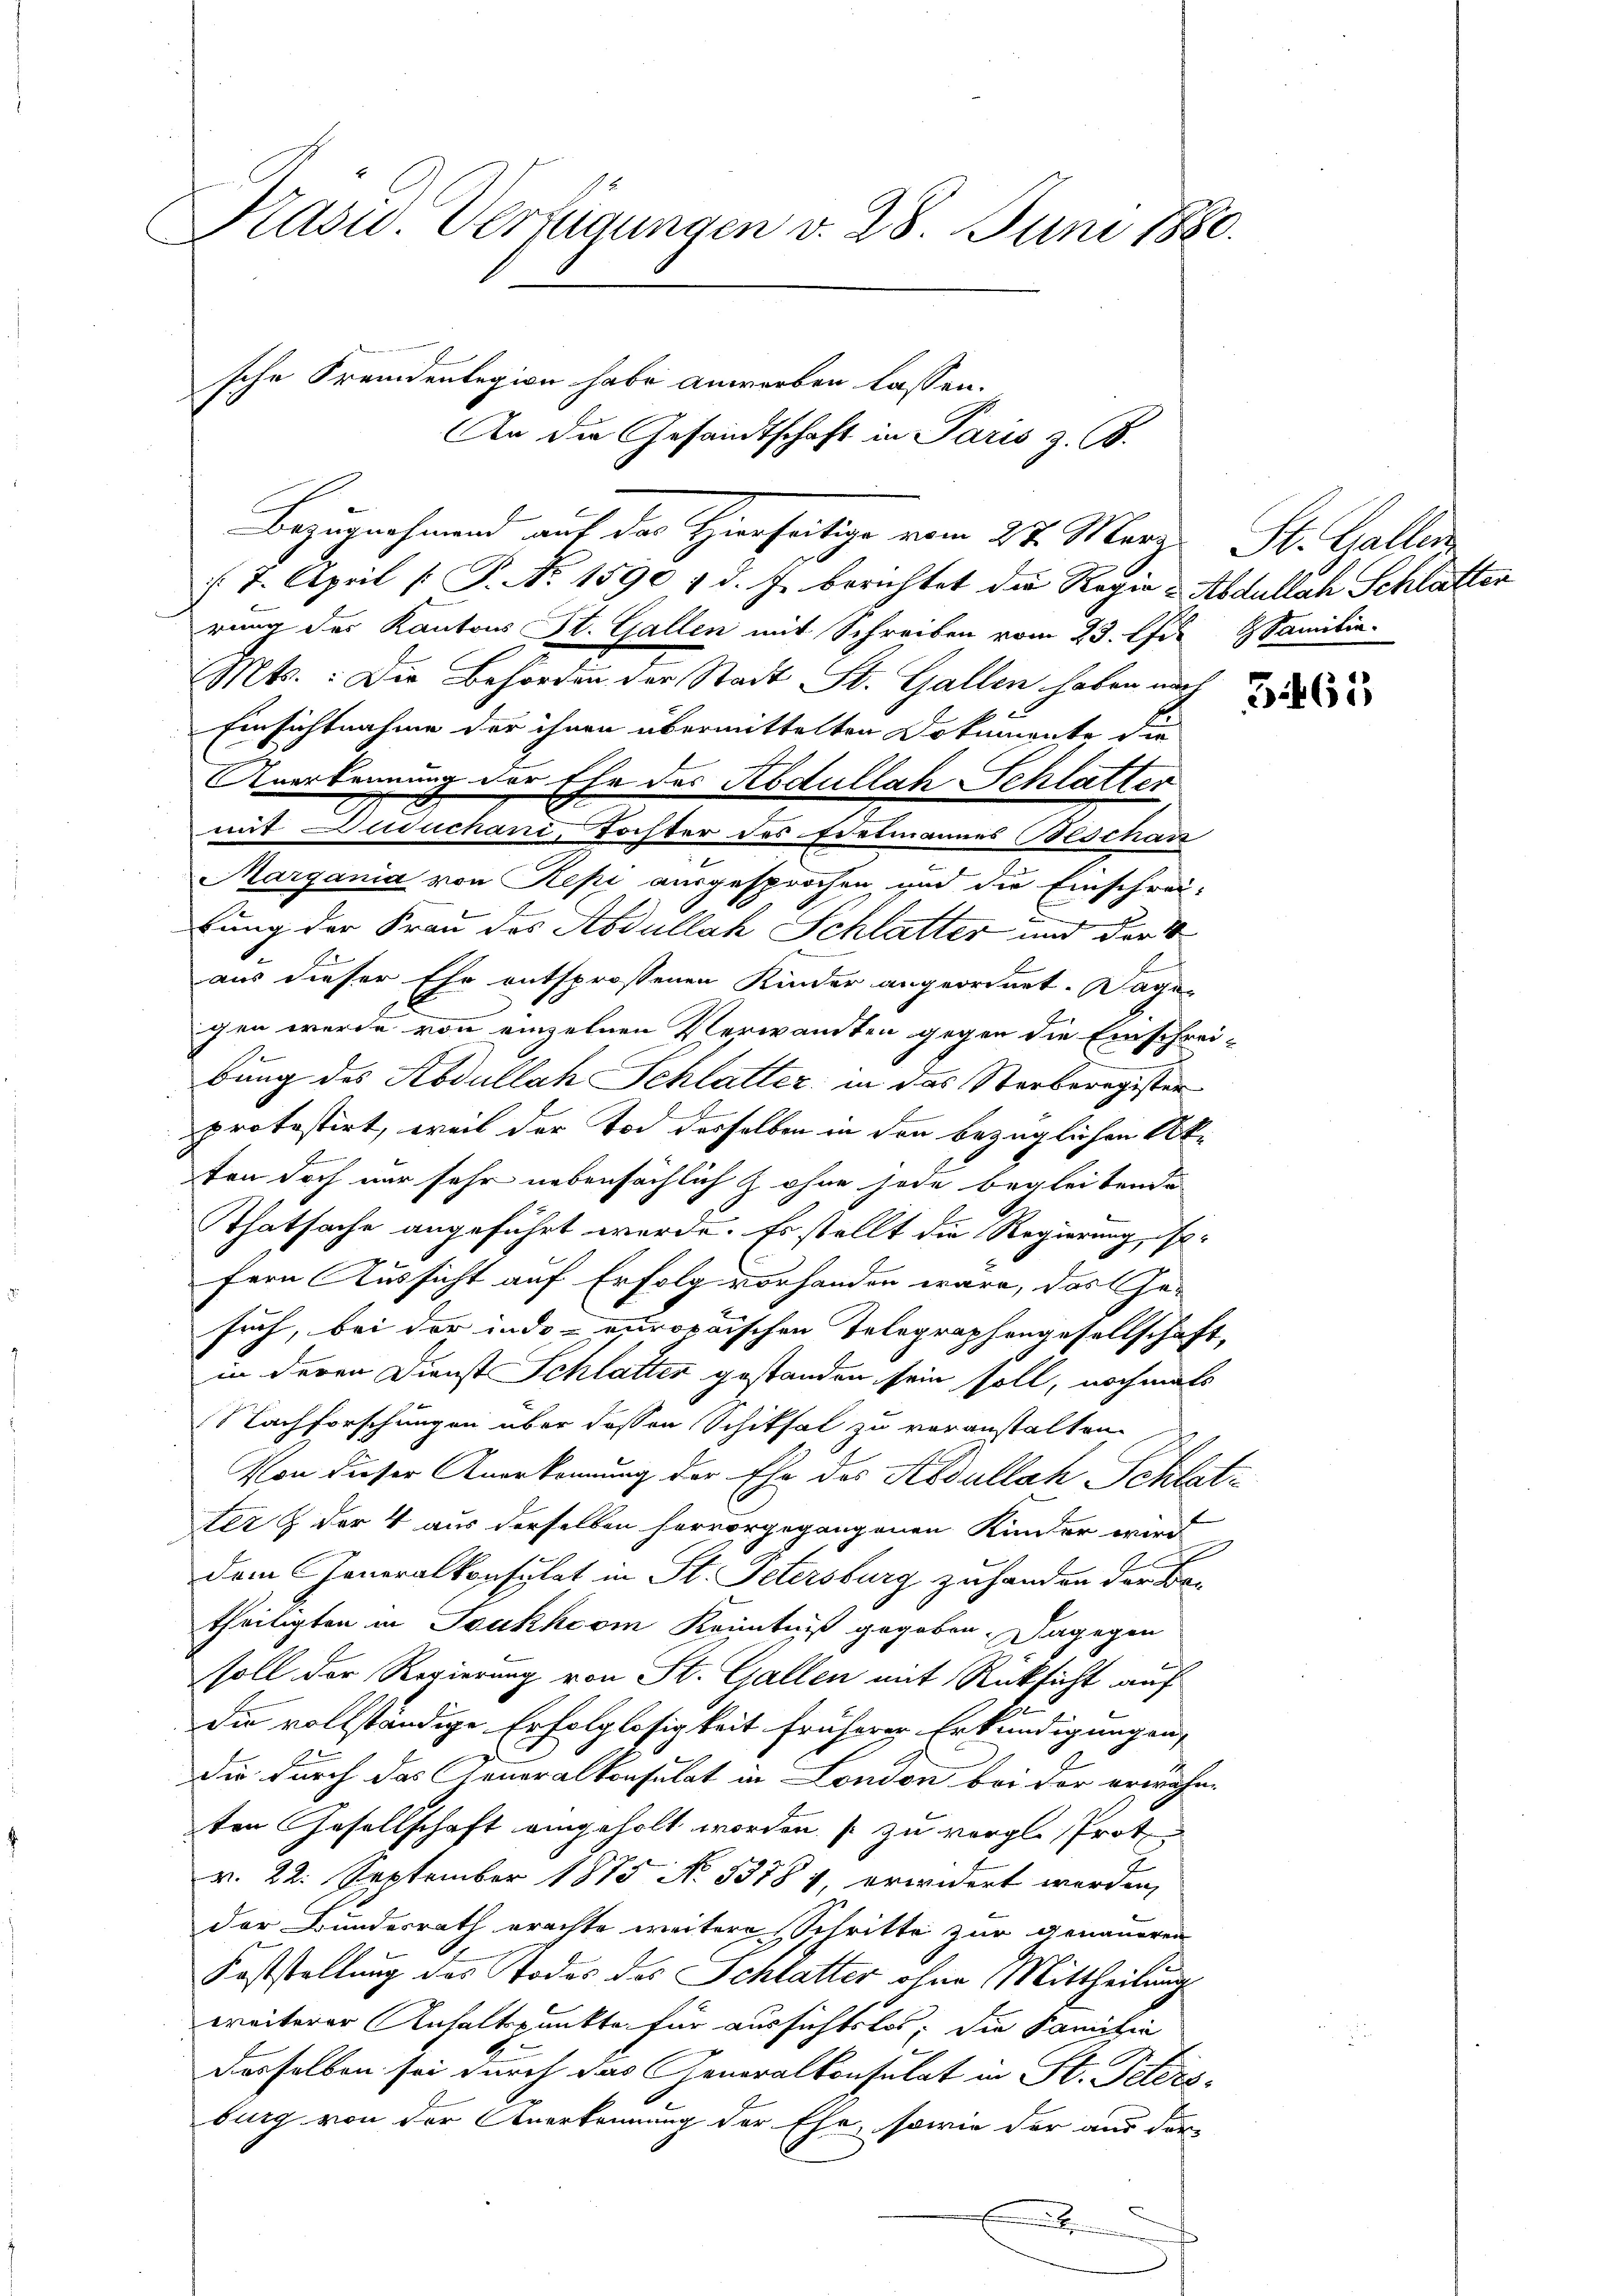
Prasw. Verfügungen v. 28. Juni 1880.

sche Fremdenlegion habe anworben lassen.
 7. April [ P. No. 1590 f d. J. berichtet die Regie-Abdullach Schlatten
rung des Kantons St. Gallen mit Schreiben vom 23. Die Familie.
Mts.: Die Behörden der Stadt St. Gallen haben auch
Einsichtnahme der ihnen übermittelten Dokumente die
Anerkennung der Ehe des Abdullah Schlatter
mit Duduchani, Tochter des Edelmannes Beschan
Margania von Repi ausgesprochen und die Einschrei-
lung der Frau des Abdullat Schlatter und der V
aus dieser Ehe entsprossenen Kinder angeordnet. Dagegen werde von einzelnen Verwandten gegen die Einschreibung des Kodullah Schlatter, in das Sterberegister
protestirt, weil der Tod desselben in den bezüglichen Akten doch nur sehr nebensächlich Z ohne jode begleitende
Thatsache angeführt werde. Es stellt die Regierung ist
fern Aussicht auf Erfolg vorhanden wäre, das Ge-
früh, bei der indo- europaischen Telegraphengesellschaft,
in deren Dienst Schlatter gestanden sein soll, nochmals
Nachforschungen über dessen Schiksal zu voranstalten.
Von dieser Anerkennung der Ehe des Abdullah Schlatf
ter & der 4 aus derselben hervorgegangenen Kinder wird
dem Generalkonsulat in St. Petersburg zu handen der B
theiligten in Soukhcom Kenntniß gegeben. Dagegen
soll der Regierung von St. Gallen mit Rücksicht auf
die vollständige Erfolglosigkeit früherer Erkundigungen,
Die durch das Konoralkonsulat in London bei der erwähn-
ten Gesellschaft eingeholt worden zu vergl. Prot
v. 22. September 1875 No. 5378 4, erwidert werden,
der Bundesrath erachte weitere Schritte zur genaueren
Faststellung des Todes des Schlatter ohne Mittheilung
weiterer Anhaltspunkte für aussichtetes, die Familia
desselben sei durch das Generalkonsulat in St. Peters-
burg von der Anerkennung der Ehe, sowie der aus der
.

An die Gesandtschaft in Paris z. B.
Bezugnahmend auf des Hierseitige vom 27. März. St. Gallen

365